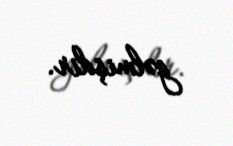
gəlmişdir.